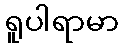
ရူပါရာမာ